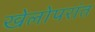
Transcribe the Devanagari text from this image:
खेलोपरांत